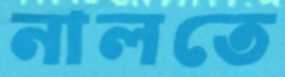
নালতে